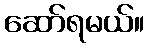
ဆော်ရမယ်။